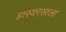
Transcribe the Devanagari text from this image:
हास्यरसाला